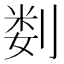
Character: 𫦉